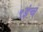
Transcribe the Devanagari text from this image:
९इंच